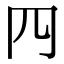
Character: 𦉪